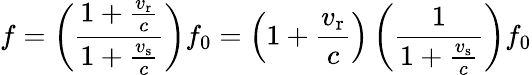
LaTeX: f=\left({\frac{1+{\frac{v_{\mathrm{r}}}{c}}}{1+{\frac{v_{\mathrm{s}}}{c}}}}\right)f_{0}=\left(1+{\frac{v_{\mathrm{r}}}{c}}\right)\left({\frac{1}{1+{\frac{v_{\mathrm{s}}}{c}}}}\right)f_{0}